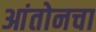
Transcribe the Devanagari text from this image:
आंतोनचा